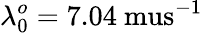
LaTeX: \lambda_{0}^{o}=7.04\mathrm{\ mus}^{-1}